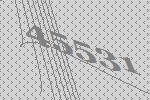
45531